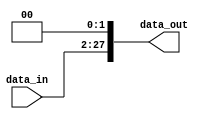
module Shift_Left_2_26b(
    input [25:0] data_in,
    output reg [27:0] data_out
    );

always @(*)
	begin
data_out= data_in << 2;

	end
	
endmodule